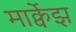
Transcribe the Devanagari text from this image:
मार्क्वेझ